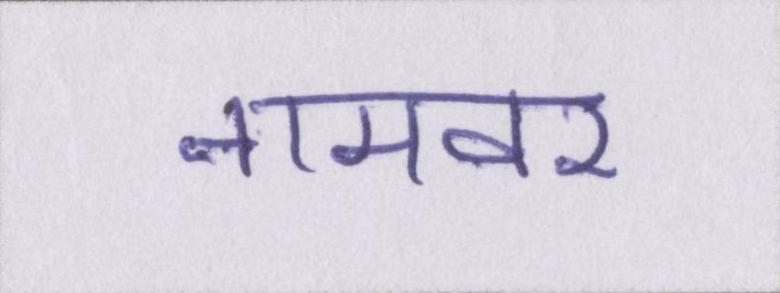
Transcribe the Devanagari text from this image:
नामवर